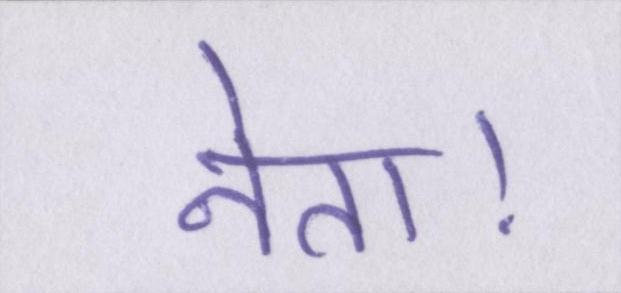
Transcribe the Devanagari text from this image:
नेता।